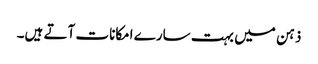
ذہن میں بہت سارے امکانات آتے ہیں۔